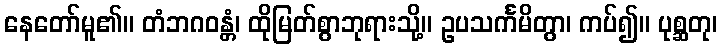
နေတော်မူ၏။ တံဘဂဝန္တံ၊ ထိုမြတ်စွာဘုရားသို့။ ဥပသင်္ကမိတွာ၊ ကပ်၍။ ပုစ္ဆတု၊